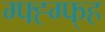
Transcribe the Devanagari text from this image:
ग्फ्ह्ग्फ्ह